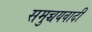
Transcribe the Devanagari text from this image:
समुच्चयवादी